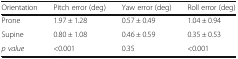
<table><thead><tr><td><b>Orientation</b></td><td><b>Pitch error (deg)</b></td><td><b>Yaw error (deg)</b></td><td><b>Roll error (deg)</b></td></tr></thead><tbody><tr><td>Prone</td><td>1.97 ± 1.28</td><td>0.57 ± 0.49</td><td>1.04 ± 0.94</td></tr><tr><td>Supine</td><td>0.80 ± 1.08</td><td>0.46 ± 0.59</td><td>0.35 ± 0.53</td></tr><tr><td><i>p value</i></td><td>&lt;0.001</td><td>0.35</td><td>&lt;0.001</td></tr></tbody></table>